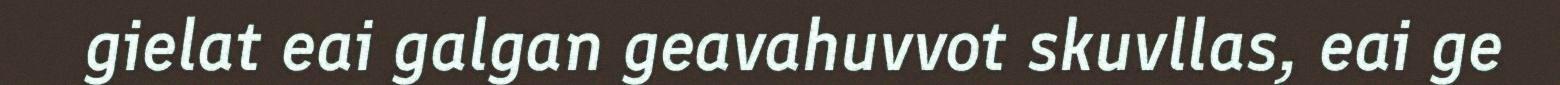
gielat eai galgan geavahuvvot skuvllas, eai ge